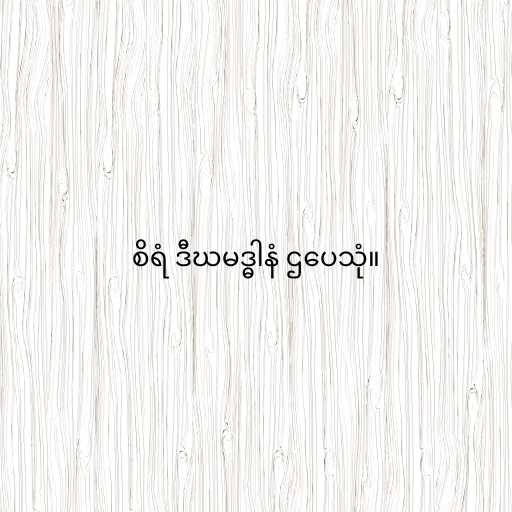
စိရံ ဒီဃမဒ္ဓါနံ ဌပေသုံ။